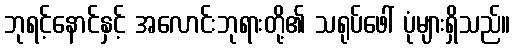
ဘုရင့်နောင်နှင့် အလောင်းဘုရားတို့၏ သရုပ်ဖေါ် ပုံများရှိသည်။